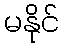
မနိုင်